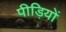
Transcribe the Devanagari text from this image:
पीड़ियों